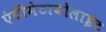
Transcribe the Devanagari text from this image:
एंटीमेटाबोलाईट